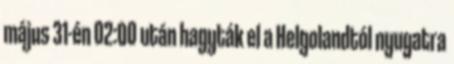
május 31-én 02:00 után hagyták el a Helgolandtól nyugatra